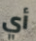
أي